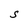
Character: S